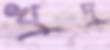
খুদু